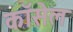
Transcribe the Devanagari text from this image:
कॉसेल